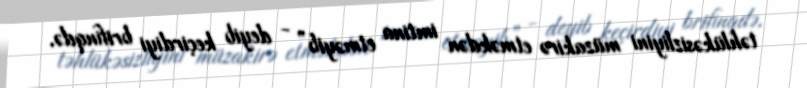
təhlükəsizliyini müzakirə etməkdən imtina etməyib” - deyib keçirdiyi brifinqdə.